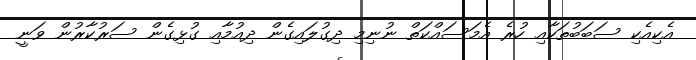
އެކިއެކި ސަބަބުތަކާއި ހުރެ އެމަސައްކަތް ނުނިމި ދިގުލައިގެން ދިއުމާއި ގުޅިގެން ސަރުކާރުން ވަނީ